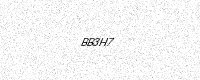
Text: BB3H7